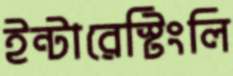
ইন্টারেস্টিংলি